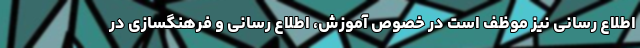
اطلاع رسانی نیز موظف است در خصوص آموزش، اطلاع رسانی و فرهنگسازی در